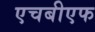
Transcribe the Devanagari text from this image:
एचबीएफ